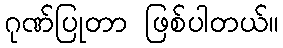
ဂုဏ်ပြုတာ ဖြစ်ပါတယ်။